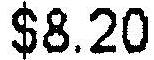
$8.20